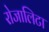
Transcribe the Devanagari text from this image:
रोजालिटा